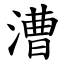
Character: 漕